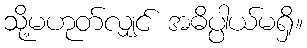
သို့မဟုတ်လျှင် အဓိပ္ပါယ်မရှိ။